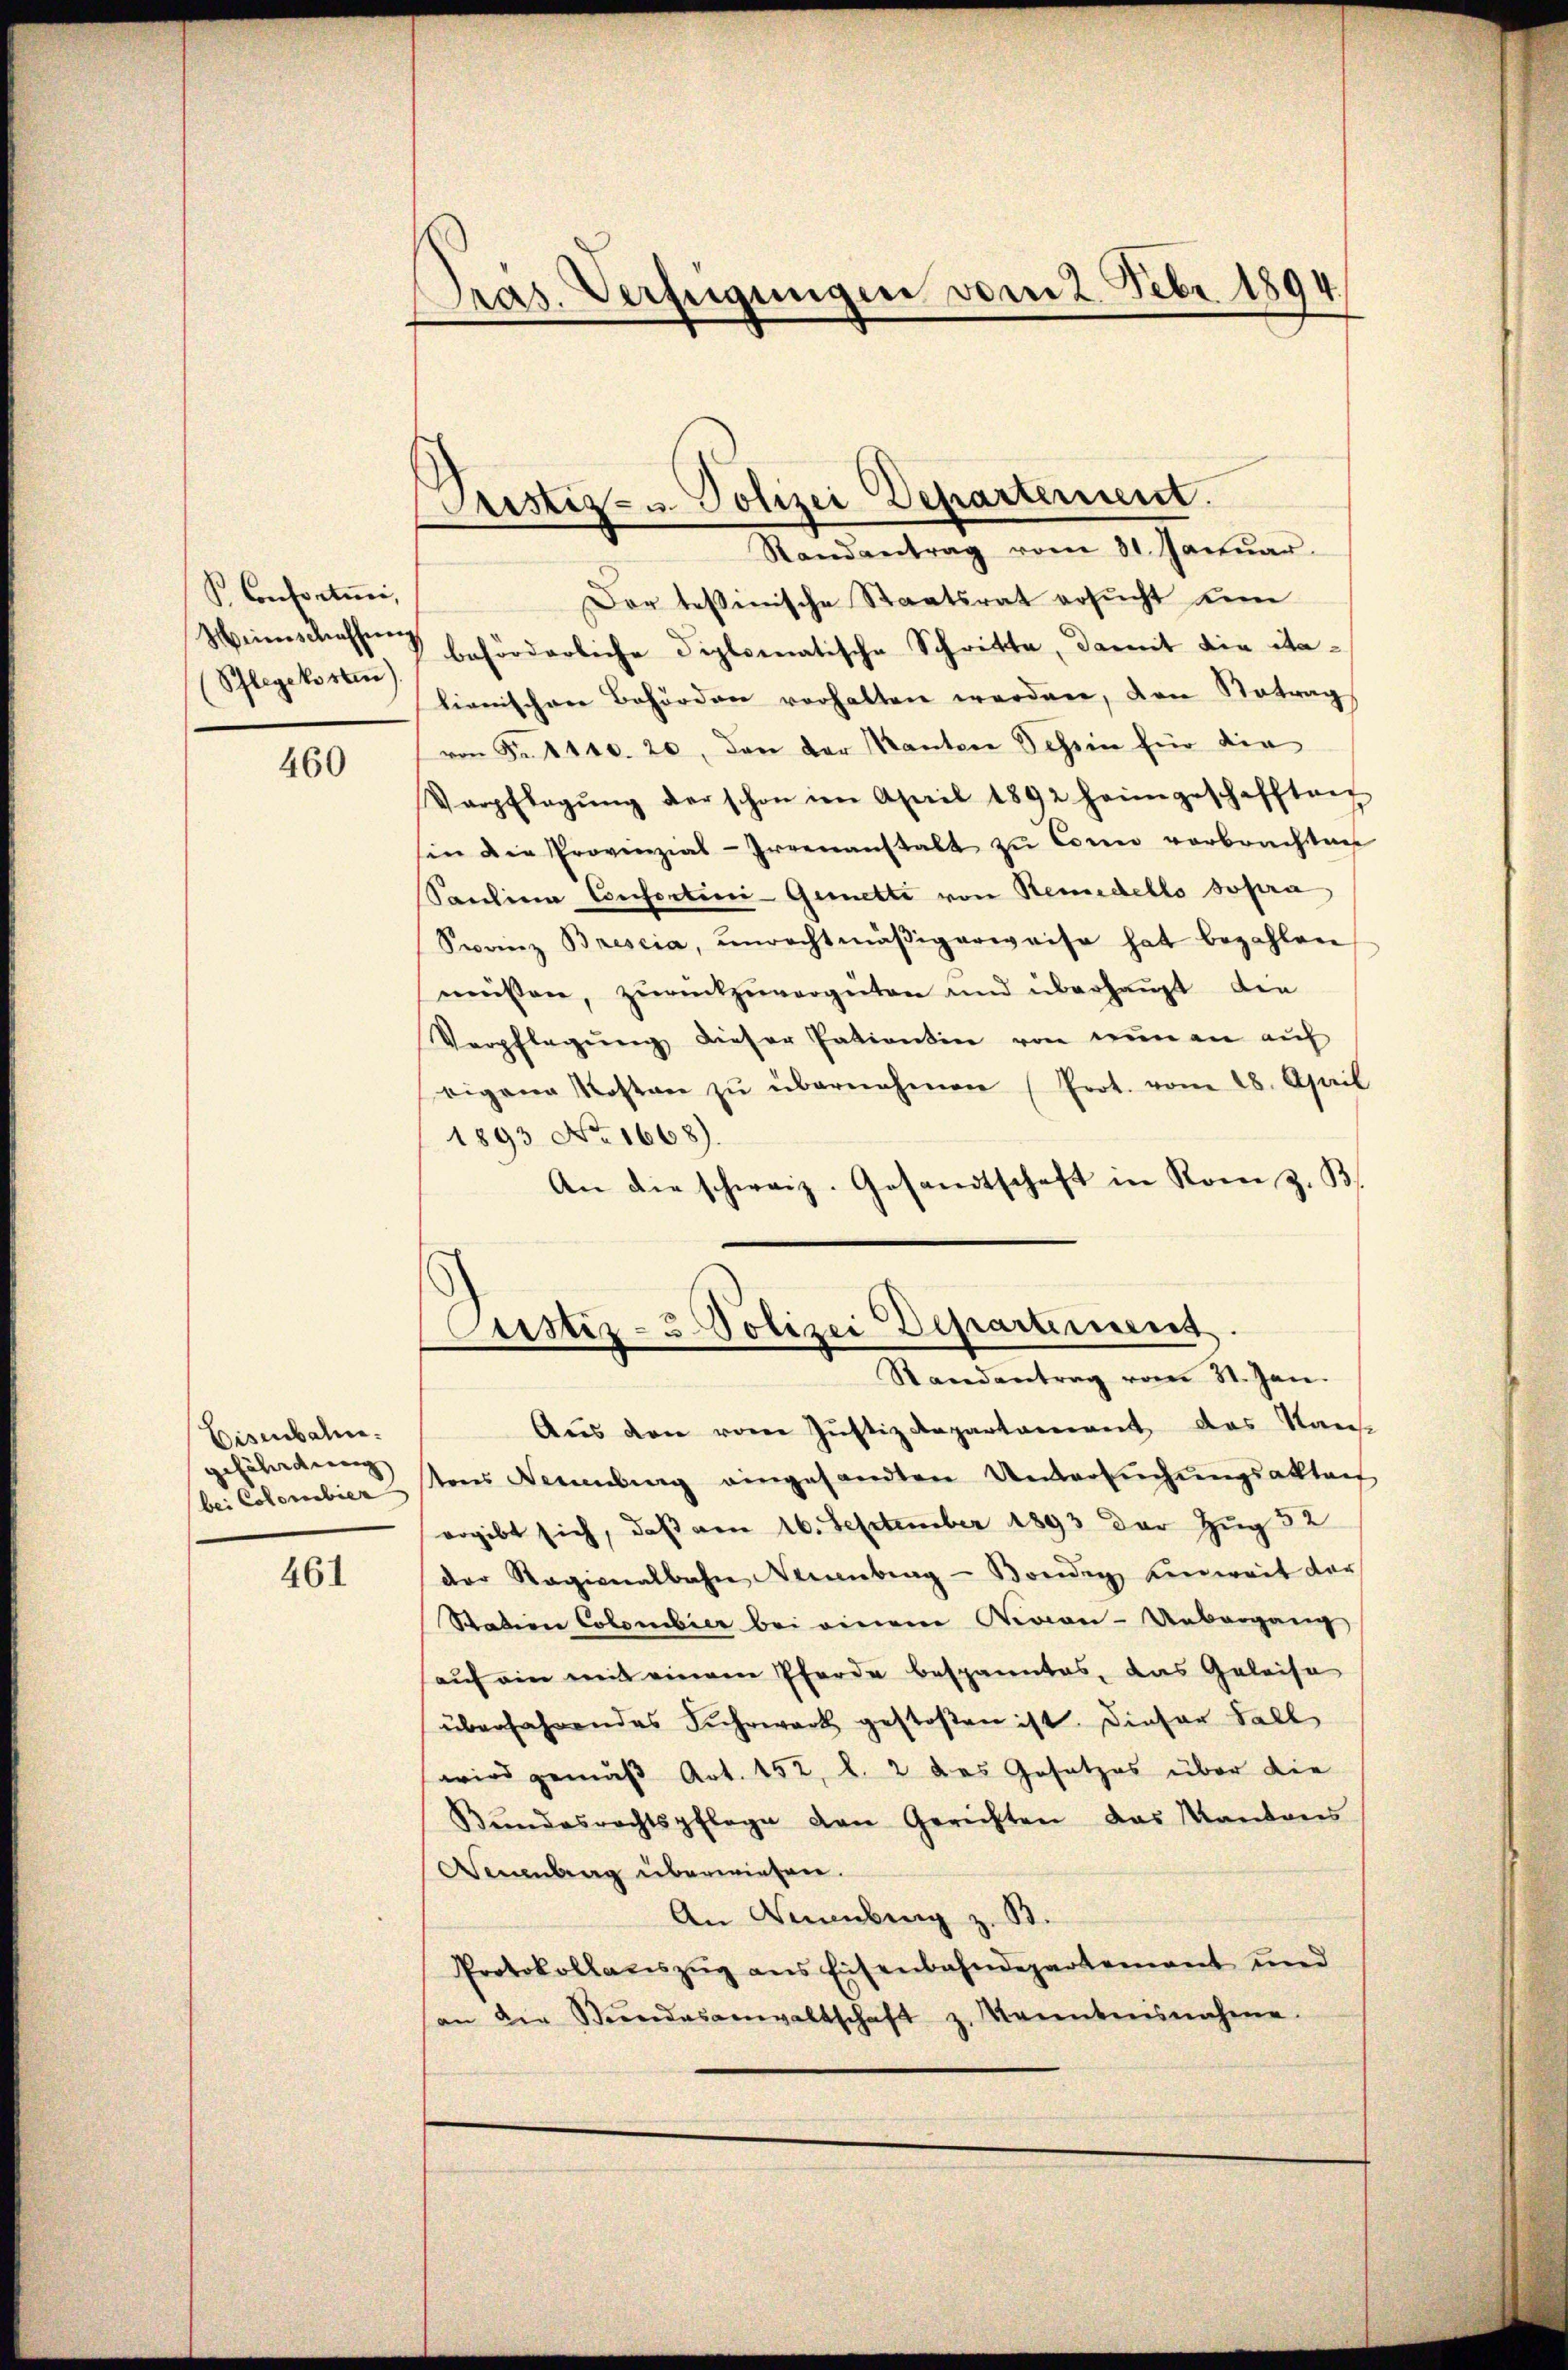
K. Consorten,
Schlegekosten).

460

Eisenbahn.
gefährdung
bei Colombier

461

Pras. Verfügungen vom 2. Febr. 1894

Prustiz- u. Polizei Departerniert.
Randantrag vom 31. Janŭar

Der tessinische Staatsrat ersucht u
Weinschaffen beförderliche diplomatische Schritte, damit die ita-
lienischen Behörden verhalten werden, den Betrag
von Fr. 1440. 20, den der Kanton Tessin für die
Verpflegŭng der schon im April 1892 heimgeschafften
in die Provinzial-Irrenanstalt zu Corn vorbrachten
Saŭlina Confertini-Gemetti von Remedello sopra
Swainz Brescia, unrechtmäβigerweise hat bezahlen
müssen, zurückzuvergüten und überhaupt den
Verpflegung dieser Patientin von nun an auf
eigen Kosten zŭ übernehmen (Prot. vom 28. April
1893 No 1668).
An die schweiz. Gesandtschaft in Rom z. B.

Custiz- & Polizei Departement
Randantrag vom 31. Jan.

Aŭs den vom Justizdepartament das Stan-
tens Neuenburg eingesandten Untersŭchŭngsaktai
ergibt sich, daß am 16. September 1893 der Zug 52
der Ragionalbahn Neuenburg-Kondin einweit der
Station Colombier bei einem Nevian-Uebergang
auf ein mit einem Pferde bespanntes, das Geleise
überfahrendes Fuhrwerk gestoßen ist. Dieser Fall
wird gemäß Art. 152, l. 2 des Gesetzes über die
Bŭndesrechtspflege den Gerichten das Kantons
Weuenburg überwiesen.
An Sammlung z. B.
Protokollauszug aus Eisenbahndepartement und
an die Stŭndesanwaltschaft z. Kenntnisnahme.